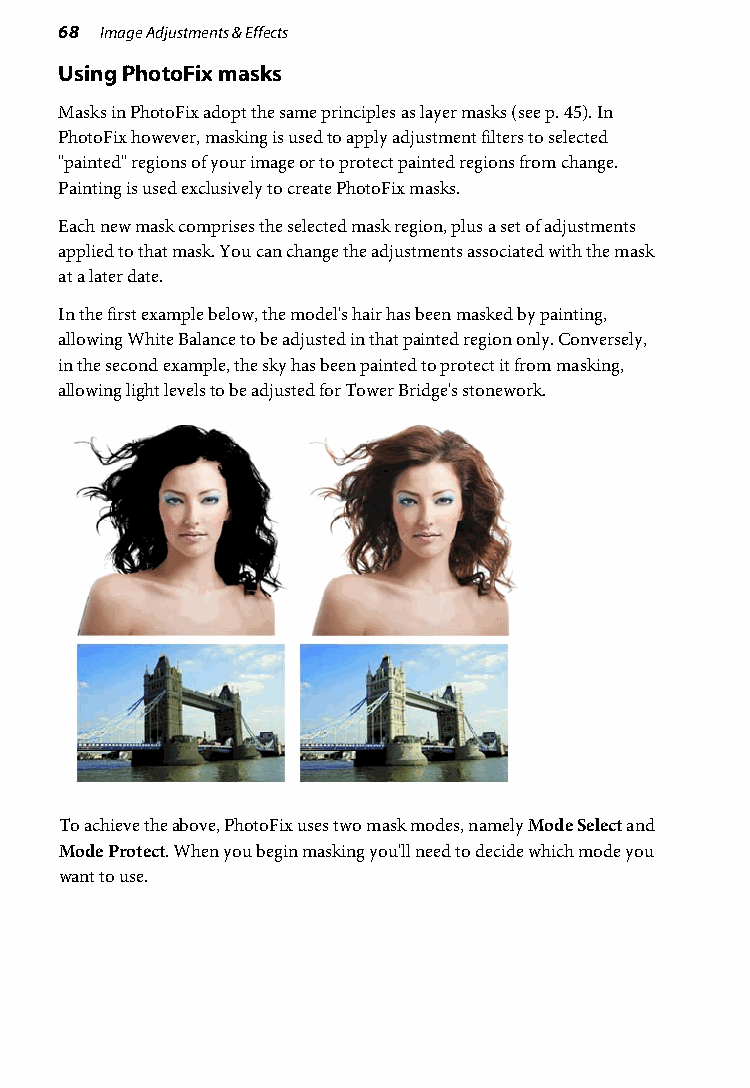
68 Image Adjustments & Effects
 Using PhotoFix masks
 Masks in PhotoFix adopt the same principles as layer masks (see p. 45). In
 PhotoFix however, masking is used to apply adjustment filters to selected
 "painted" regions of your image or to protect painted regions from change.
 Painting is used exclusively to create PhotoFix masks.
 Each new mask comprises the selected mask region, plus a set of adjustments
 applied to that mask. You can change the adjustments associated with the mask
 at a later date.
 In the first example below, the model's hair has been masked by painting,
 allowing White Balance to be adjusted in that painted region only. Conversely,
 in the second example, the sky has been painted to protect it from masking,
 allowing light levels to be adjusted for Tower Bridge's stonework.
 To achieve the above, PhotoFix uses two mask modes, namely Mode Select and
 Mode Protect. When you begin masking you'll need to decide which mode you
 want to use.